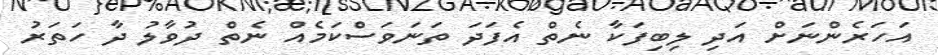
އަހަރެންނަށް އަދި ލިބިފަކާ ނެތް އެފަދަ ތަނަވަސްކަމެއް ނެތް ދުވާލު ދާ ހަތަރު